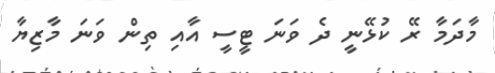
މާދަމާ ރޭ ކުޅޭނީ ދެ ވަނަ ޓީސީ އާއި ތިން ވަނަ މާޒިޔާ